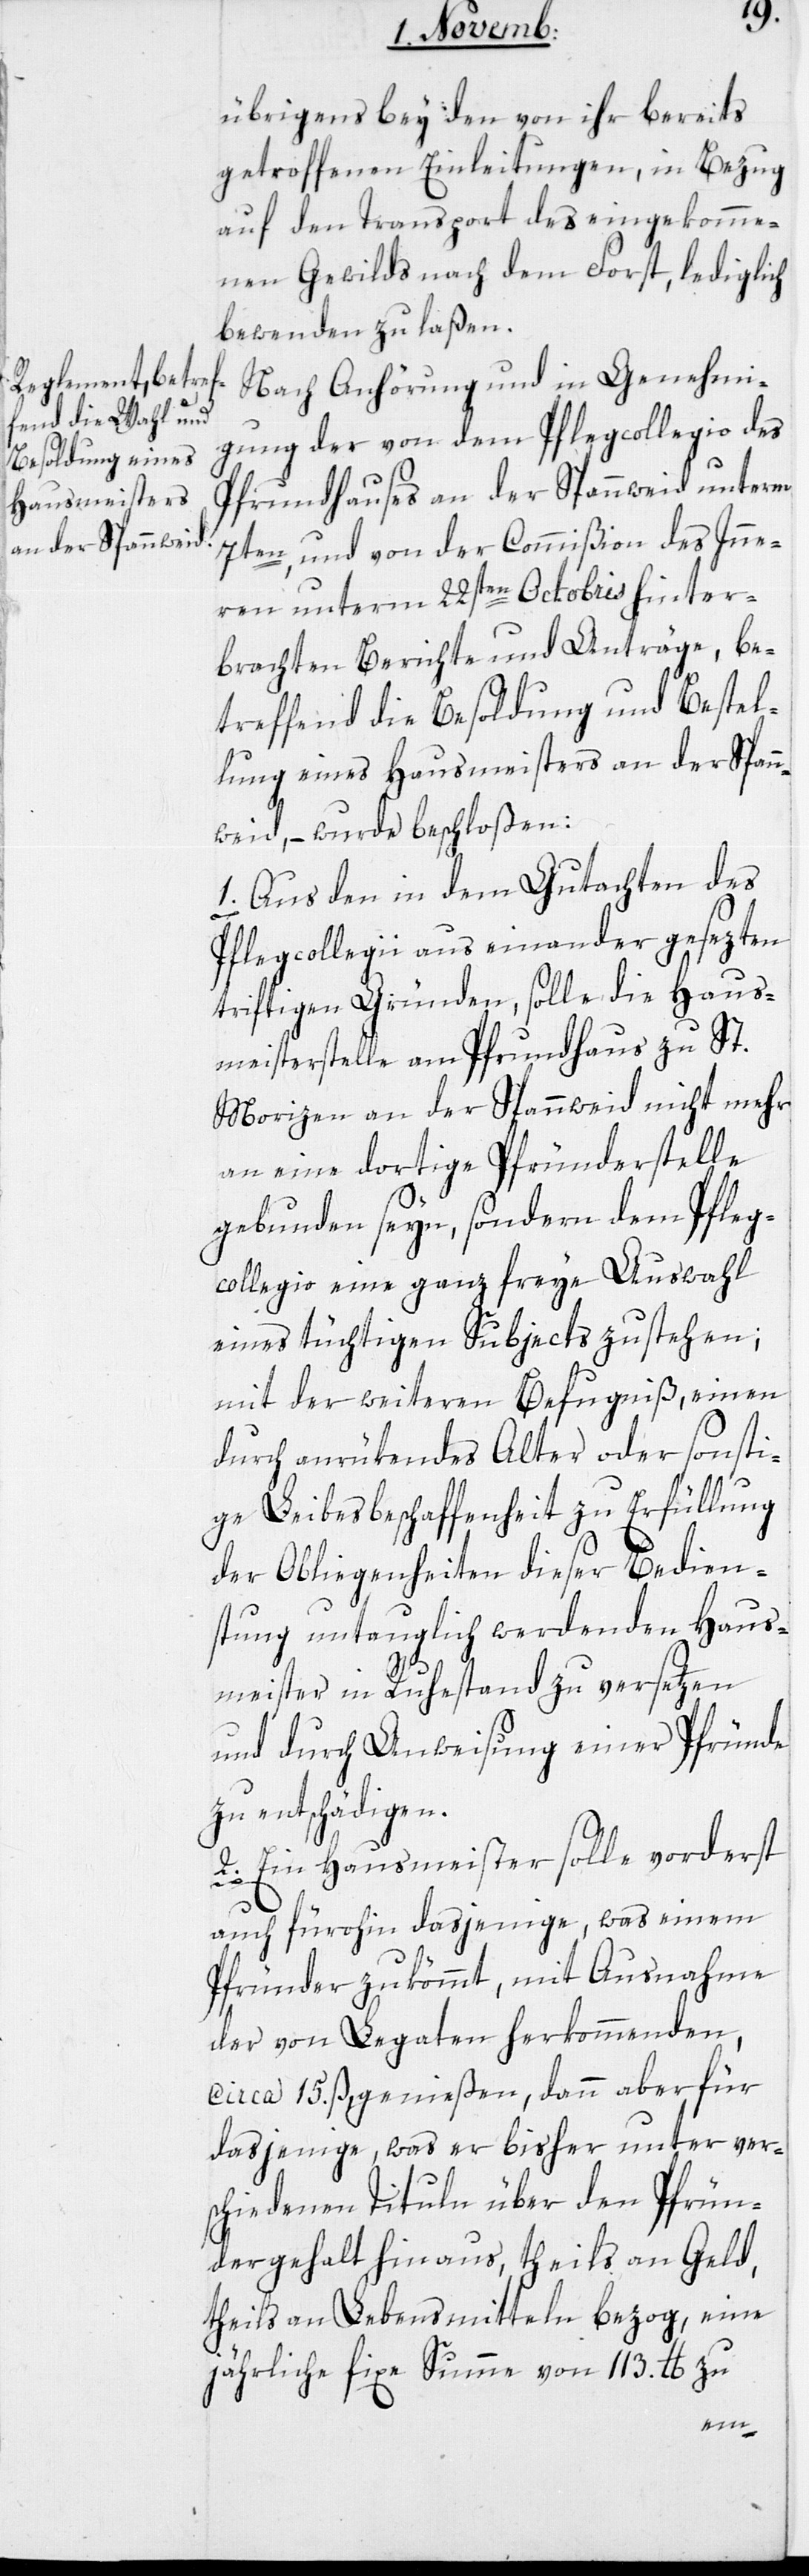
übrigens bey den von ihr bereits
getroffenen Einleitungen, in Bezug
auf den Transport des eingekomme¬
nen Gewilds nach dem Forst, lediglich
bewenden zu laßen.
Nach Anhörung und in Genehmi¬
gung der von dem Pflegcollegio des
Pfrundhauses an der Spannweid unterm
7ten, und von der Commißion des Inne¬
ren unterm 22sten Octobris hinter¬
brachten Berichte und Anträge, be¬
treffend die Besoldung und Bestel¬
lung eines Hausmeisters an der Spann¬
weid, – wurde beschloßen:
1. Aus den in dem Gutachten des
Pflegcollegii auseinander gesezten
triftigen Gründen, solle die Haus¬
meisterstelle am Pfrundhaus zu St.
Morizen an der Spannweid nicht mehr
an eine dortige Pfründerstelle
gebunden seyn, sondern dem Pfleg¬
collegio eine ganz freye Auswahl
eines tüchtigen Subjects zustehen;
mit der weitern Befugniß, einen
durch anrükendes Alter oder sonsti¬
ge Leibes-Beschaffenheit zu Erfüllung
der Obliegenheiten dieser Bedien¬
stung untauglich werdenden Haus¬
meister in Ruhestand zu versetzen
und durch Anweisung einer Pfründe
zu entschädigen.
2. Ein Hausmeister solle vorderst
auch fürohin dasjenige, was einem
Pfründer zukömmt, mit Ausnahme
der von Legaten herkommenden,
circa 15. ß, genießen, dann aber für
dasjenige, was er bisher unter ver¬
schiedenen Tituln über den Pfrün¬
dergehalt hinaus, theils an Geld,
theils an Lebensmitteln bezog, eine
jährliche fixe Summe von 113. lb zu